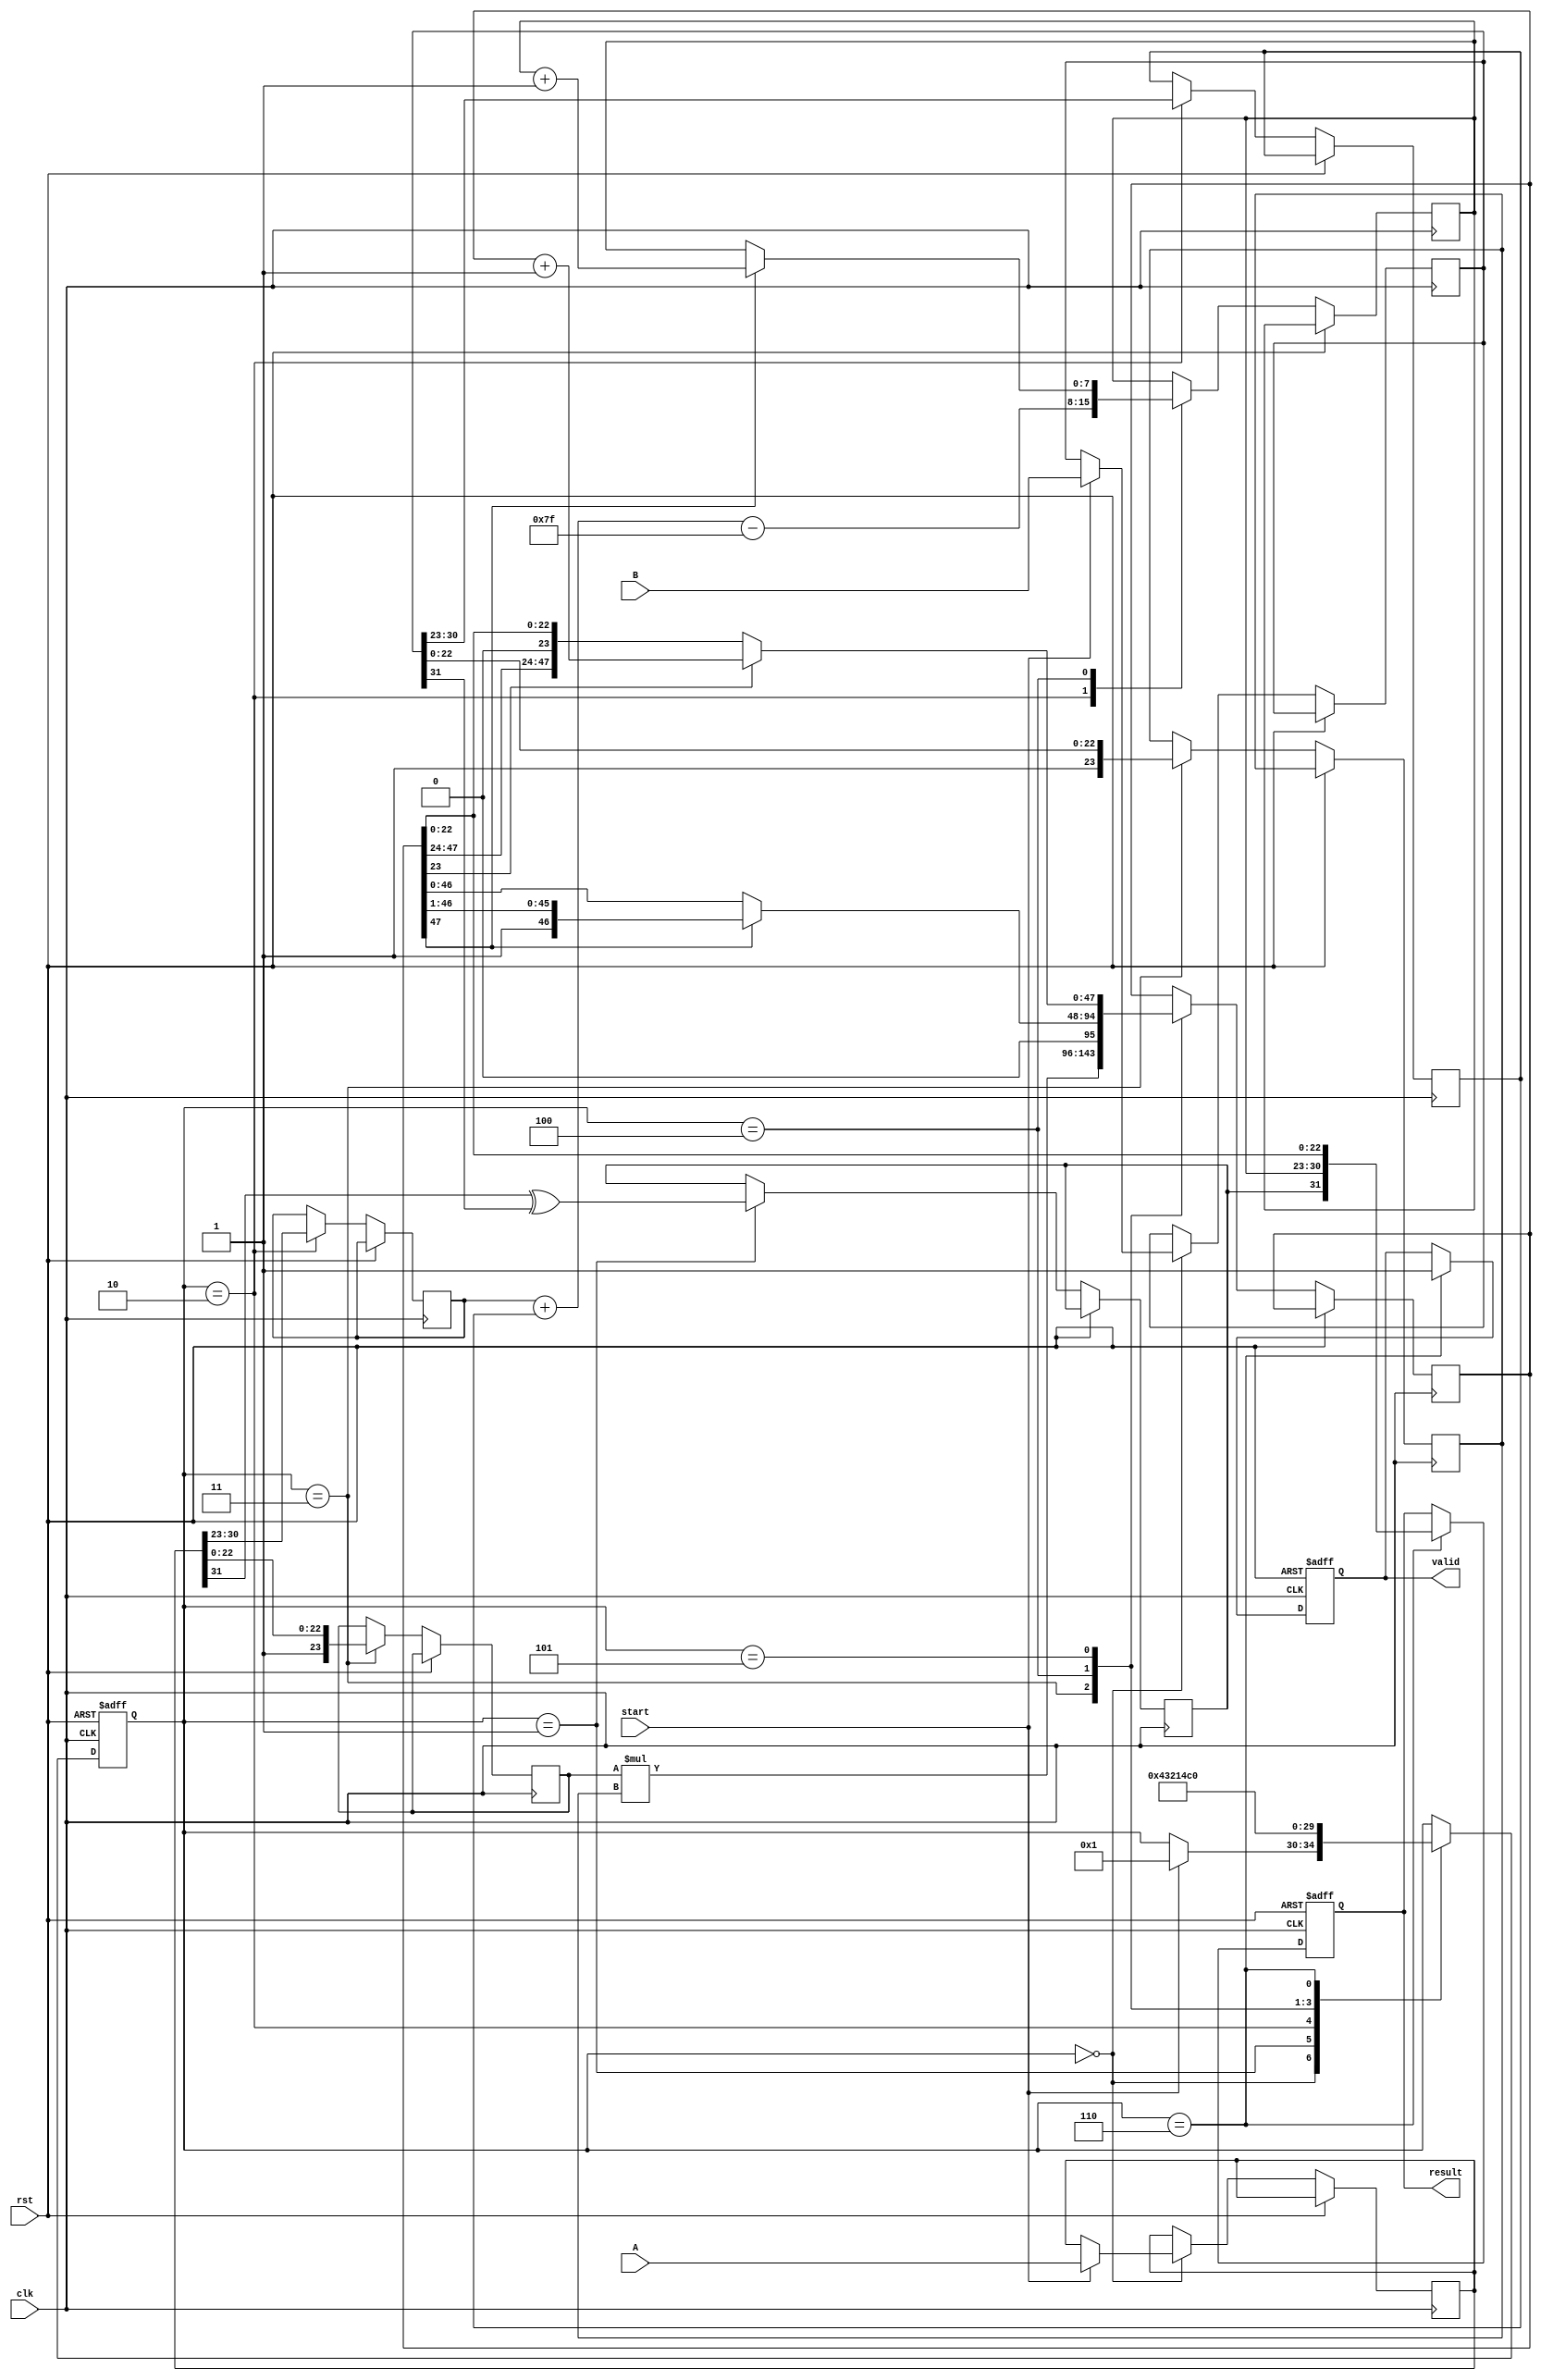
module floating_point_multiplier (
    input wire clk,
    input wire rst,
    input wire start,
    input wire [31:0] A, // 1 sign bit, 8 exponent bits, 23 mantissa bits
    input wire [31:0] B, // 1 sign bit, 8 exponent bits, 23 mantissa bits
    output reg [31:0] result,
    output reg valid
);

    // Pipeline registers
    reg [31:0] A_reg, B_reg;
    reg sign;
    reg [7:0] exponent;
    reg [47:0] mantissa; // 23 + 23 bits for multiplication
    reg [23:0] mantissa_a, mantissa_b;
    reg [7:0] exp_a, exp_b;
    reg [4:0] stage;

    // Constants
    localparam BIAS = 127;

    // State machine for controlling the pipeline stages
    always @(posedge clk or posedge rst) begin
        if (rst) begin
            stage <= 0;
            valid <= 0;
            result <= 0;
        end else begin
            case (stage)
                0: begin // Stage 1: Input Register
                    if (start) begin
                        A_reg <= A;
                        B_reg <= B;
                        stage <= 1;
                    end
                end
                1: begin // Stage 2: Sign Calculation
                    sign <= A_reg[31] ^ B_reg[31];
                    stage <= 2;
                end
                2: begin // Stage 3: Exponent Calculation
                    exp_a <= A_reg[30:23];
                    exp_b <= B_reg[30:23];
                    exponent <= exp_a + exp_b - BIAS;
                    stage <= 3;
                end
                3: begin // Stage 4: Mantissa Multiplication
                    mantissa_a <= {1'b1, A_reg[22:0]}; // Add implicit leading 1
                    mantissa_b <= {1'b1, B_reg[22:0]}; // Add implicit leading 1
                    mantissa <= mantissa_a * mantissa_b;
                    stage <= 4;
                end
                4: begin // Stage 5: Normalization
                    // Normalize mantissa (this is a simplified version)
                    if (mantissa[47]) begin
                        mantissa <= mantissa >> 1; // Shift right if overflow
                        exponent <= exponent + 1; // Adjust exponent
                    end
                    stage <= 5;
                end
                5: begin // Stage 6: Rounding
                    // Simple rounding (this can be improved)
                    if (mantissa[23]) begin
                        mantissa <= mantissa + 1; // Round up if necessary
                    end
                    stage <= 6;
                end
                6: begin // Stage 7: Output Register
                    result <= {sign, exponent[7:0], mantissa[22:0]};
                    valid <= 1; // Indicate result is valid
                    stage <= 0; // Reset stage for next operation
                end
            endcase
        end
    end
endmodule